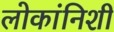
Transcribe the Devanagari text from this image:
लोकांनिशी